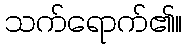
သက်ရောက်၏။